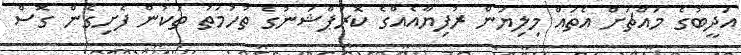
އަދީބުގެ މައްޗަށް އެތައް މިލިޔަން ރުފިޔާއެއްގެ ކޮރަޕްޝަނުގެ ތުހުމަތު ތަކުން ފެށިގެން ގޮސް